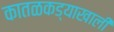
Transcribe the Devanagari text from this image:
कातळकड्याखाली